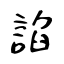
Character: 諂